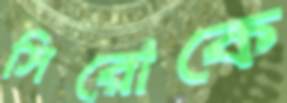
সিরোকে